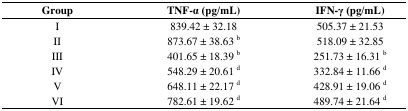
| Group | TNF-α (pg/mL) | IFN-γ (pg/mL) |
 | --- | --- | --- |
 | I | 839.42 ± 32.18 | 505.37 ± 21.53 |
 | II | 873.67 ± 38.63 b | 518.09 ± 32.85 |
 | III | 401.65 ± 18.39 b | 251.73 ± 16.31 b |
 | IV | 548.29 ± 20.61 d | 332.84 ± 11.66 d |
 | V | 648.11 ± 22.17 d | 428.91 ± 19.06 d |
 | VI | 782.61 ± 19.62 d | 489.74 ± 21.64 d |